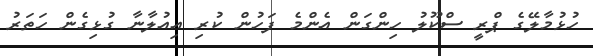
ހުޅުމާލޭގެ ޕްރީ ސްކޫލު ހިންގަން އެންމެ ފަހުން ކުރި އިއުލާނާ ގުޅިގެން ހަތަރު